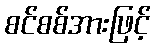
စင်စစ်အားဖြင့်